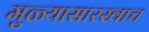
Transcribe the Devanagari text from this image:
मुळ्यासारखाच